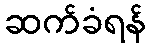
ဆက်ခံရန်